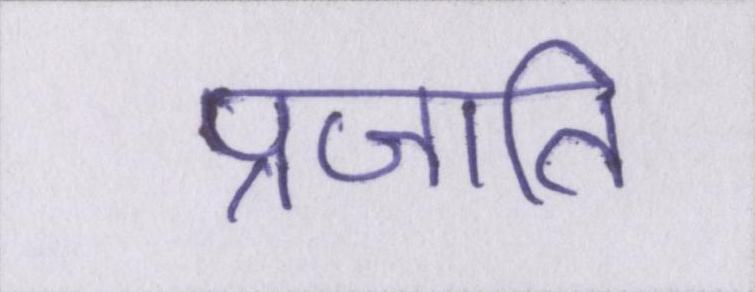
प्रजाति